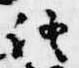
証